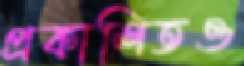
প্রকাশিতও